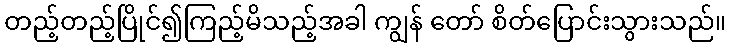
တည့်တည့်ပြိုင်၍ကြည့်မိသည့်အခါ ကျွန် တော် စိတ်ပြောင်းသွားသည်။